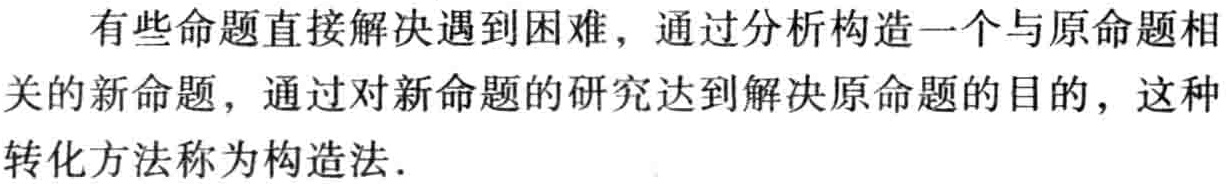
有些命题直接解决遇到困难，通过分析构造一个与原命题相关的新命题，通过对新命题的研究达到解决原命题的目的，这种转化方法称为构造法．